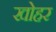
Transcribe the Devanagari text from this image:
खोहर